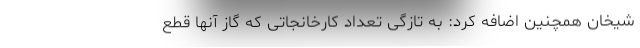
شیخان همچنین اضافه کرد: به تازگی تعداد کارخانجاتی که گاز آنها قطع